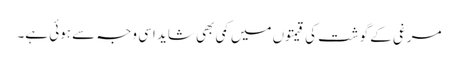
مرغی کے گوشت کی قیمتوں میں کمی بھی شاید اسی وجہ سے ہوئی ہے۔